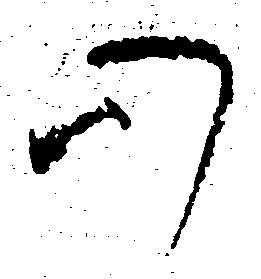
心